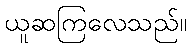
ယူဆကြလေသည်။